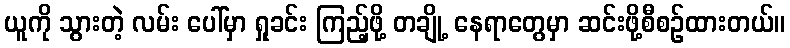
ယူကို သွားတဲ့ လမ်း ပေါ်မှာ ရှုခင်း ကြည့်ဖို့ တချို့ နေရာတွေမှာ ဆင်းဖို့စီစဉ်ထားတယ်။